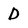
Character: D